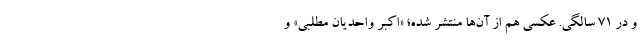
و در ۷۱ سالگی. عکسی هم از آن‌ها منتشر شده؛ «اکبر واحدیان مطلبی» و